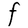
Character: F